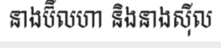
នាងប៊ីលហា និងនាងស៊ីល